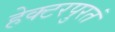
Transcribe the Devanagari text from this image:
हेक्टरपुरतं